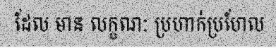
ដែល មាន លក្ខណៈ ប្រហាក់ប្រហែល